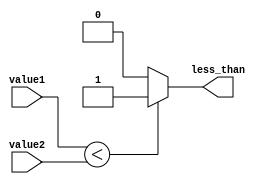
module less_than_comparator (
  input [7:0] value1,
  input [7:0] value2,
  output less_than
);

  assign less_than = (value1 < value2) ? 1'b1 : 1'b0;

endmodule